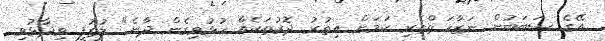
އޭގެ ސަބަބުން ނަޒާހަތްތެރި ކަމަށް އިތުރު ދޮރުތަކެއް ހުޅުވިގެން ދާނެ" ލުތުފީ ވިދާޅުވި